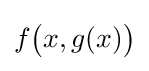
f{\big (}x,g(x){\big )}